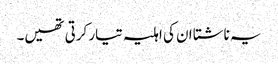
یہ ناشتا ان کی اہلیہ تیار کرتی تھیں۔